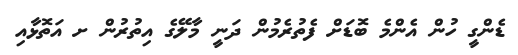
ޑެންގީ ހުން އެންމެ ބޮޑަށް ފެތުރެމުން ދަނީ މާލޭގެ އިތުރުން ށ އަތޮޅާއި